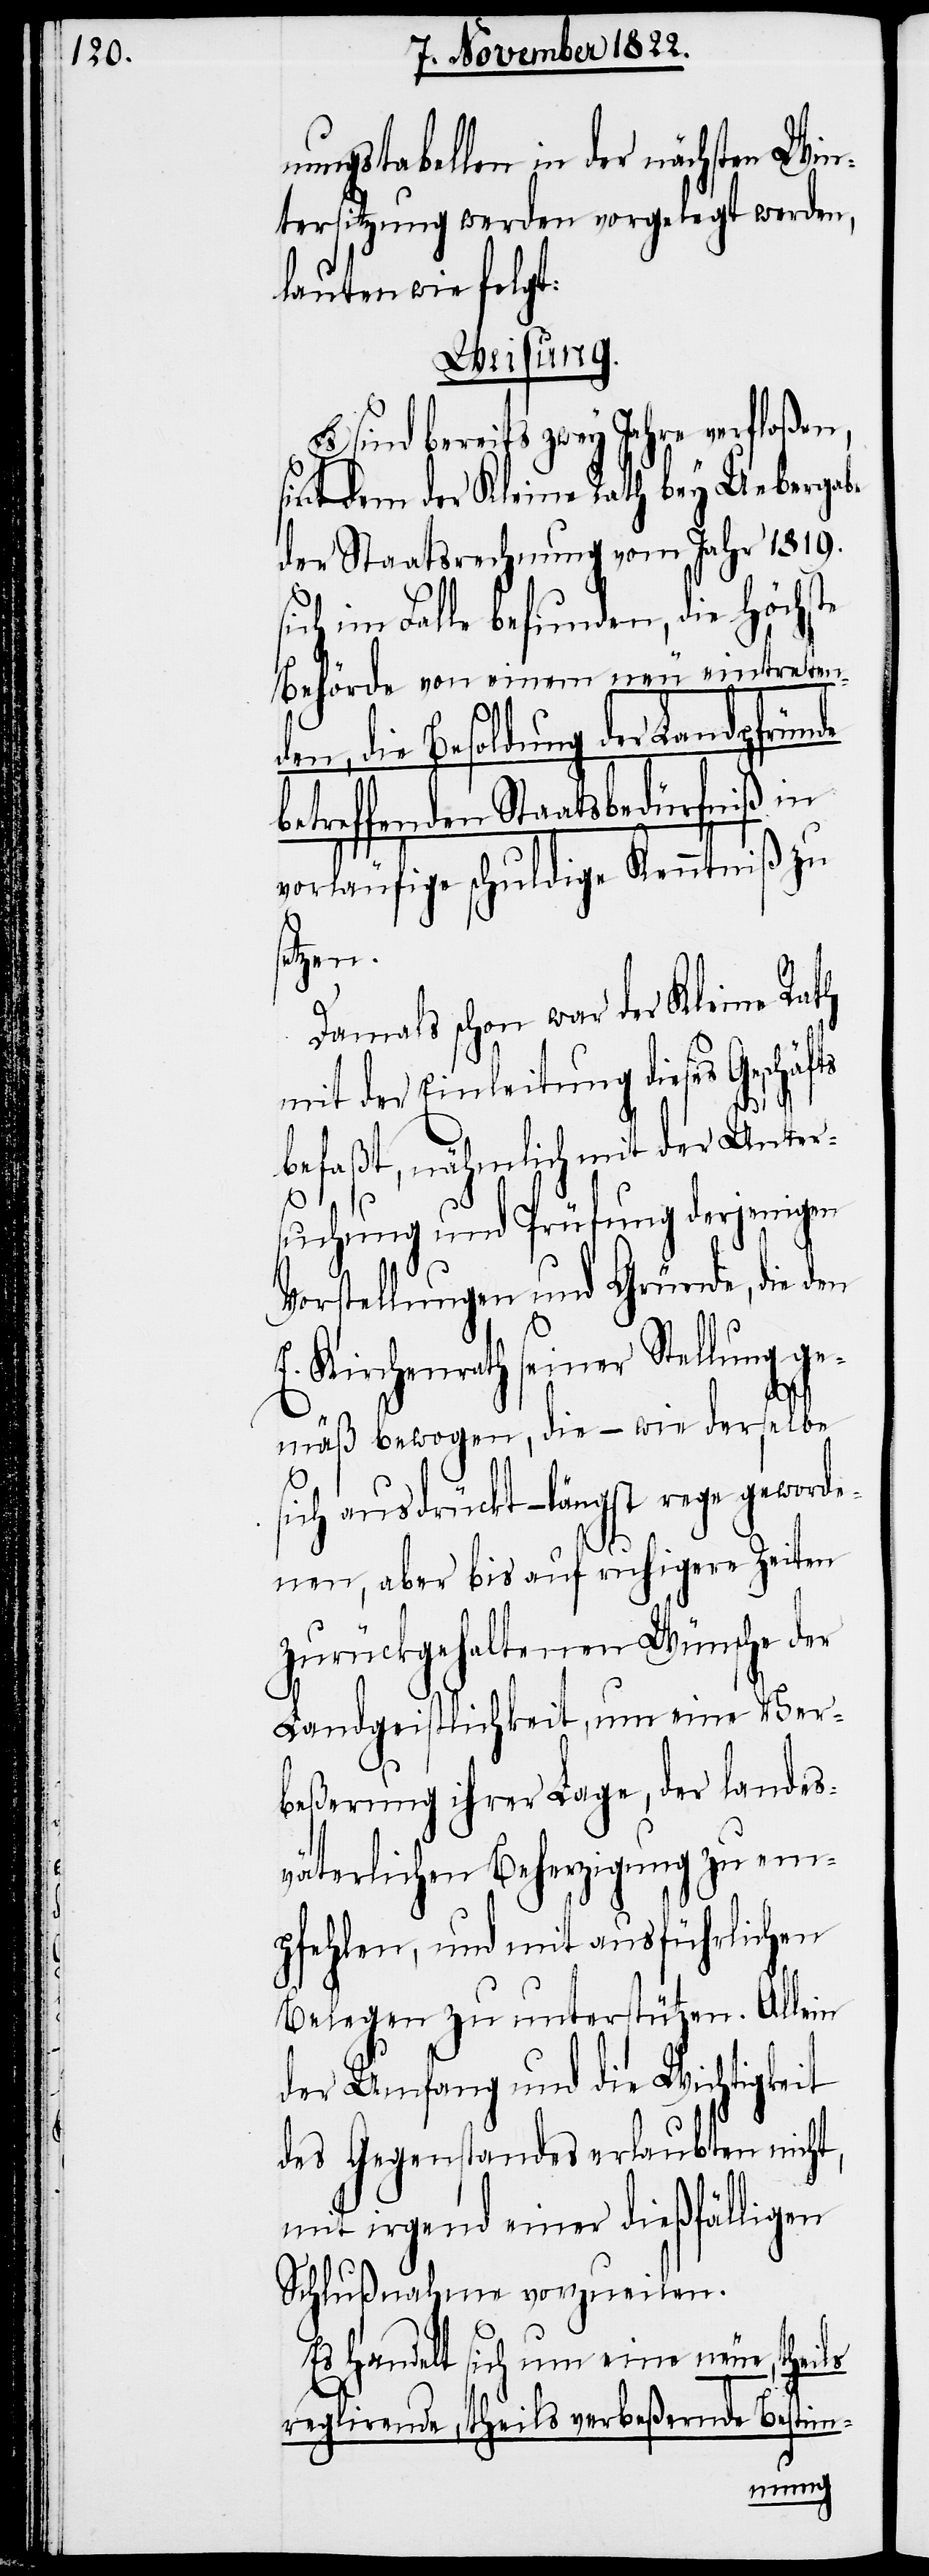
nungstabellen in der nächsten Win¬
tersitzung werden vorgelegt werden,
lauten wie folgt:
Weisung.
Es sind bereits zwey Jahre verfloßen,
sint dem der Kleine Rath bey Uebergabe
der Staatsrechnung vom Jahr 1819.
sich im Falle befunden, die Höchste
Behörde von einem neu eintreten¬
den, die Besoldung der Landpfründe
betreffenden Staatsbedürfniß in
vorläufige schuldige Kenntniß zu
setzen.
Damals schon war der Kleine Rath
mit der Einleitung dieses Geschäf¬
befaßt, nähmlich mit der Unter¬
suchung und Prüfung derjenigen
Vorstellungen und Gründe, die den
E. Kirchenrath seiner Stellung ge¬
ts
mäß bewogen, die – wie derselbe
sich ausdrückt – längst rege geworde¬
nen, aber bis auf ruhigere Zeiten
zurückgehaltenen Wünsche der
Landgeistlichkeit, um eine Ver¬
beßerung ihrer Lage, der landes¬
väterlichen Beherzigung zu em¬
pfehlen, und mit ausführlichen
Belegen zu unterstützen. Allein
der Umfang und die Wichtigkeit
des Gegenstandes erlaubten nicht,
mit irgend einer dießfälligen
Schlußnahme vorzueilen.
Es handelt sich um eine neue, theils
reglirende, theils verbeßernde Bestim-